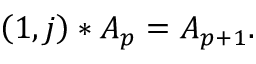
\left( 1 , j \right) \ast A _ { p } = A _ { p + 1 } .